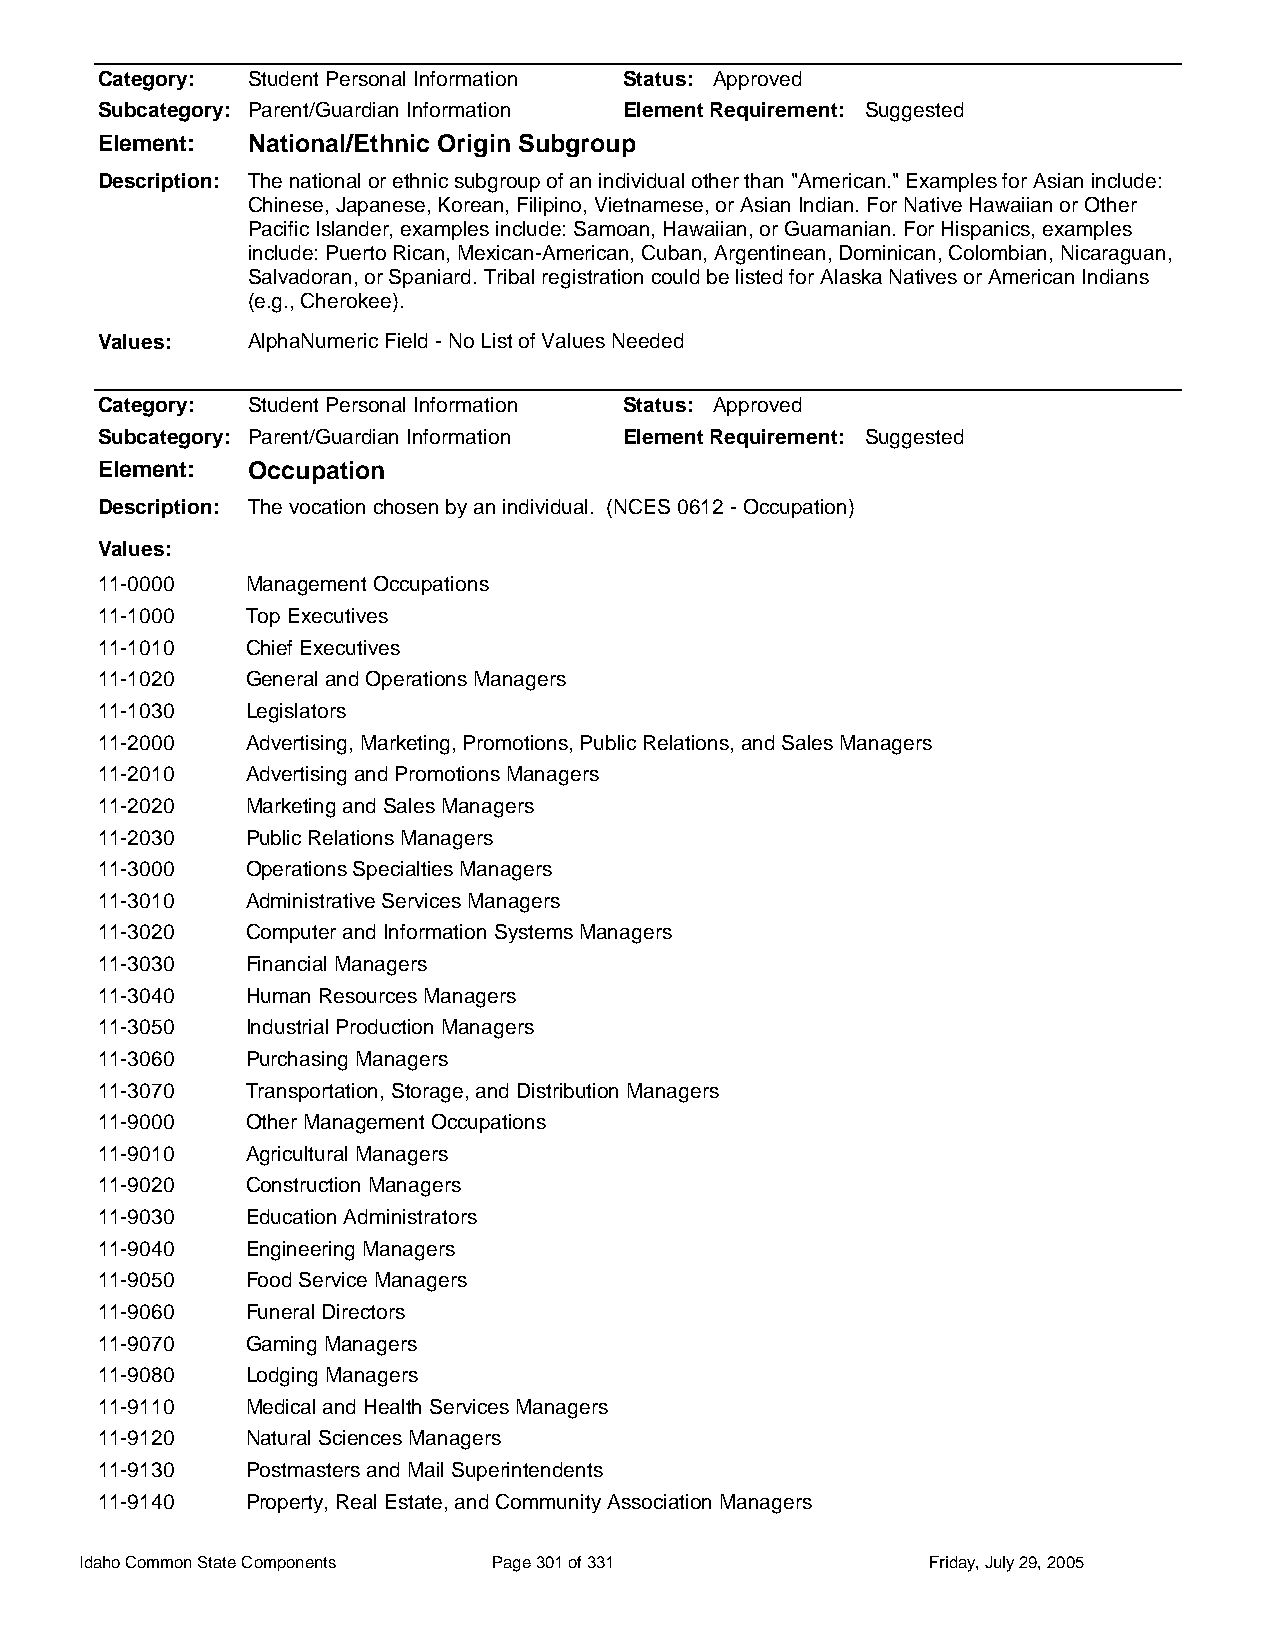
Category: Student Personal Information Status: Approved
 Subcategory: Parent/Guardian Information Element Requirement: Suggested
 Element:  National/Ethnic Origin Subgroup
 Description: The national or ethnic subgroup of an individual other than "American." Examples for Asian include:
 Chinese, Japanese, Korean, Filipino, Vietnamese, or Asian Indian. For Native Hawaiian or Other
 Pacific Islander, examples include: Samoan, Hawaiian, or Guamanian. For Hispanics, examples
 include: Puerto Rican, Mexican-American, Cuban, Argentinean, Dominican, Colombian, Nicaraguan,
 Salvadoran, or Spaniard. Tribal registration could be listed for Alaska Natives or American Indians
 (e.g., Cherokee).
 Values:   AlphaNumeric Field - No List of Values Needed
 Category: Student Personal Information Status: Approved
 Subcategory: Parent/Guardian Information Element Requirement: Suggested
 Element:  Occupation
 Description: The vocation chosen by an individual. (NCES 0612 - Occupation)
 Values:
 11-0000   Management Occupations
 11-1000   Top Executives
 11-1010   Chief Executives
 11-1020   General and Operations Managers
 11-1030   Legislators
 11-2000   Advertising, Marketing, Promotions, Public Relations, and Sales Managers
 11-2010   Advertising and Promotions Managers
 11-2020   Marketing and Sales Managers
 11-2030   Public Relations Managers
 11-3000   Operations Specialties Managers
 11-3010   Administrative Services Managers
 11-3020   Computer and Information Systems Managers
 11-3030   Financial Managers
 11-3040   Human Resources Managers
 11-3050   Industrial Production Managers
 11-3060   Purchasing Managers
 11-3070   Transportation, Storage, and Distribution Managers
 11-9000   Other Management Occupations
 11-9010   Agricultural Managers
 11-9020   Construction Managers
 11-9030   Education Administrators
 11-9040   Engineering Managers
 11-9050   Food Service Managers
 11-9060   Funeral Directors
 11-9070   Gaming Managers
 11-9080   Lodging Managers
 11-9110   Medical and Health Services Managers
 11-9120   Natural Sciences Managers
 11-9130   Postmasters and Mail Superintendents
 11-9140   Property, Real Estate, and Community Association Managers
 Idaho Common State Components Page 301 of 331           Friday, July 29, 2005